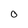
Character: 0